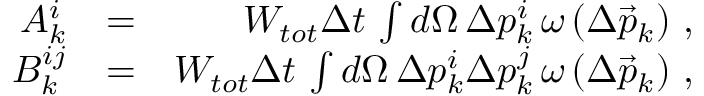
\begin{array} { r l r } { A _ { k } ^ { i } } & { = } & { W _ { t o t } \Delta t \, \int d \Omega \, \Delta p _ { k } ^ { i } \, \omega \left( \Delta \vec { p } _ { k } \right) \, , } \\ { B _ { k } ^ { i j } } & { = } & { W _ { t o t } \Delta t \, \int d \Omega \, \Delta p _ { k } ^ { i } \Delta p _ { k } ^ { j } \, \omega \left( \Delta \vec { p } _ { k } \right) \, , } \end{array}